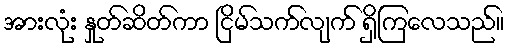
အားလုံး နှုတ်ဆိတ်ကာ ငြိမ်သက်လျက် ရှိကြလေသည်။